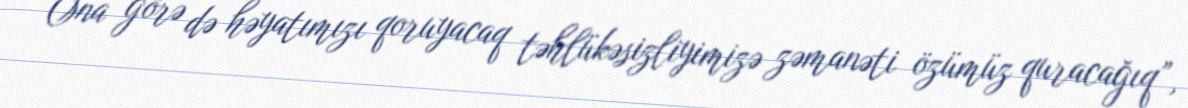
Ona görə də həyatımızı qoruyacaq təhlükəsizliyimizə zəmanəti özümüz quracağıq”,